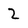
Character: 2